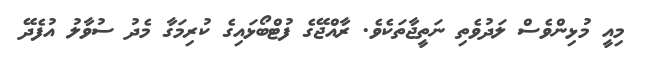
މިއީ މުޅިންވެސް ލަދުވެތި ނަތީޖާތަކެވެ. ރާއްޖޭގެ ފުޓްބޯޅައިގެ ކުރިމަގާ މެދު ސުވާލު އުފެދޭ